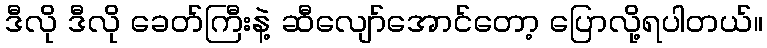
ဒီလို ဒီလို ခေတ်ကြီးနဲ့ ဆီလျော်အောင်တော့ ပြောလို့ရပါတယ်။